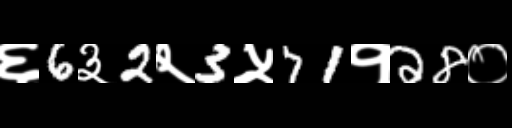
Text: ६6३2२3५71१28०